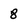
Character: 8